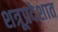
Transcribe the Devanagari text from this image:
शत्रूप्रदेशात